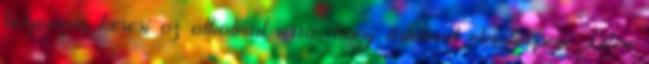
bolyongva keresi az alkalmat arra, hogy ártalmat okozhasson Isten